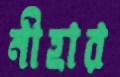
নীহার